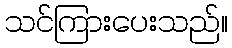
သင်ကြားပေးသည်။